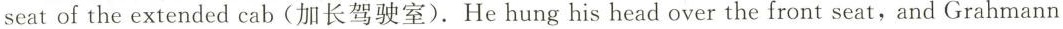
seat of the extended cab(加长驾驶室).He hung his head over the front seat,and Grahmann